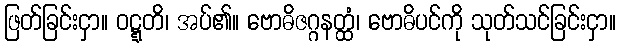
ဖြတ်ခြင်းငှာ။ ဝဋ္ဋတိ၊ အပ်၏။ ဗောဓိဇဂ္ဂနတ္ထံ၊ ဗောဓိပင်ကို သုတ်သင်ခြင်းငှာ။